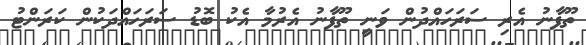
ތޫފާނު އެރި ސަރަހައްދުން ވަނީ ތޫފާނު އެރުމާ އެކު ބޮޑު ސަރަހައްދަކުން ކަރަންޓު